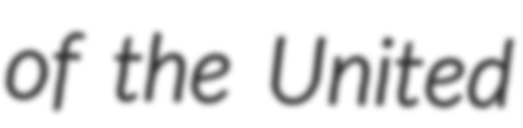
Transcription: of the United